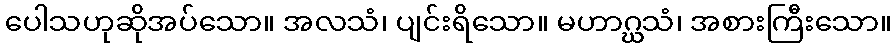
ပေါသဟုဆိုအပ်သော။ အလသံ၊ ပျင်းရိသော။ မဟာဂ္ဃသံ၊ အစားကြီးသော။